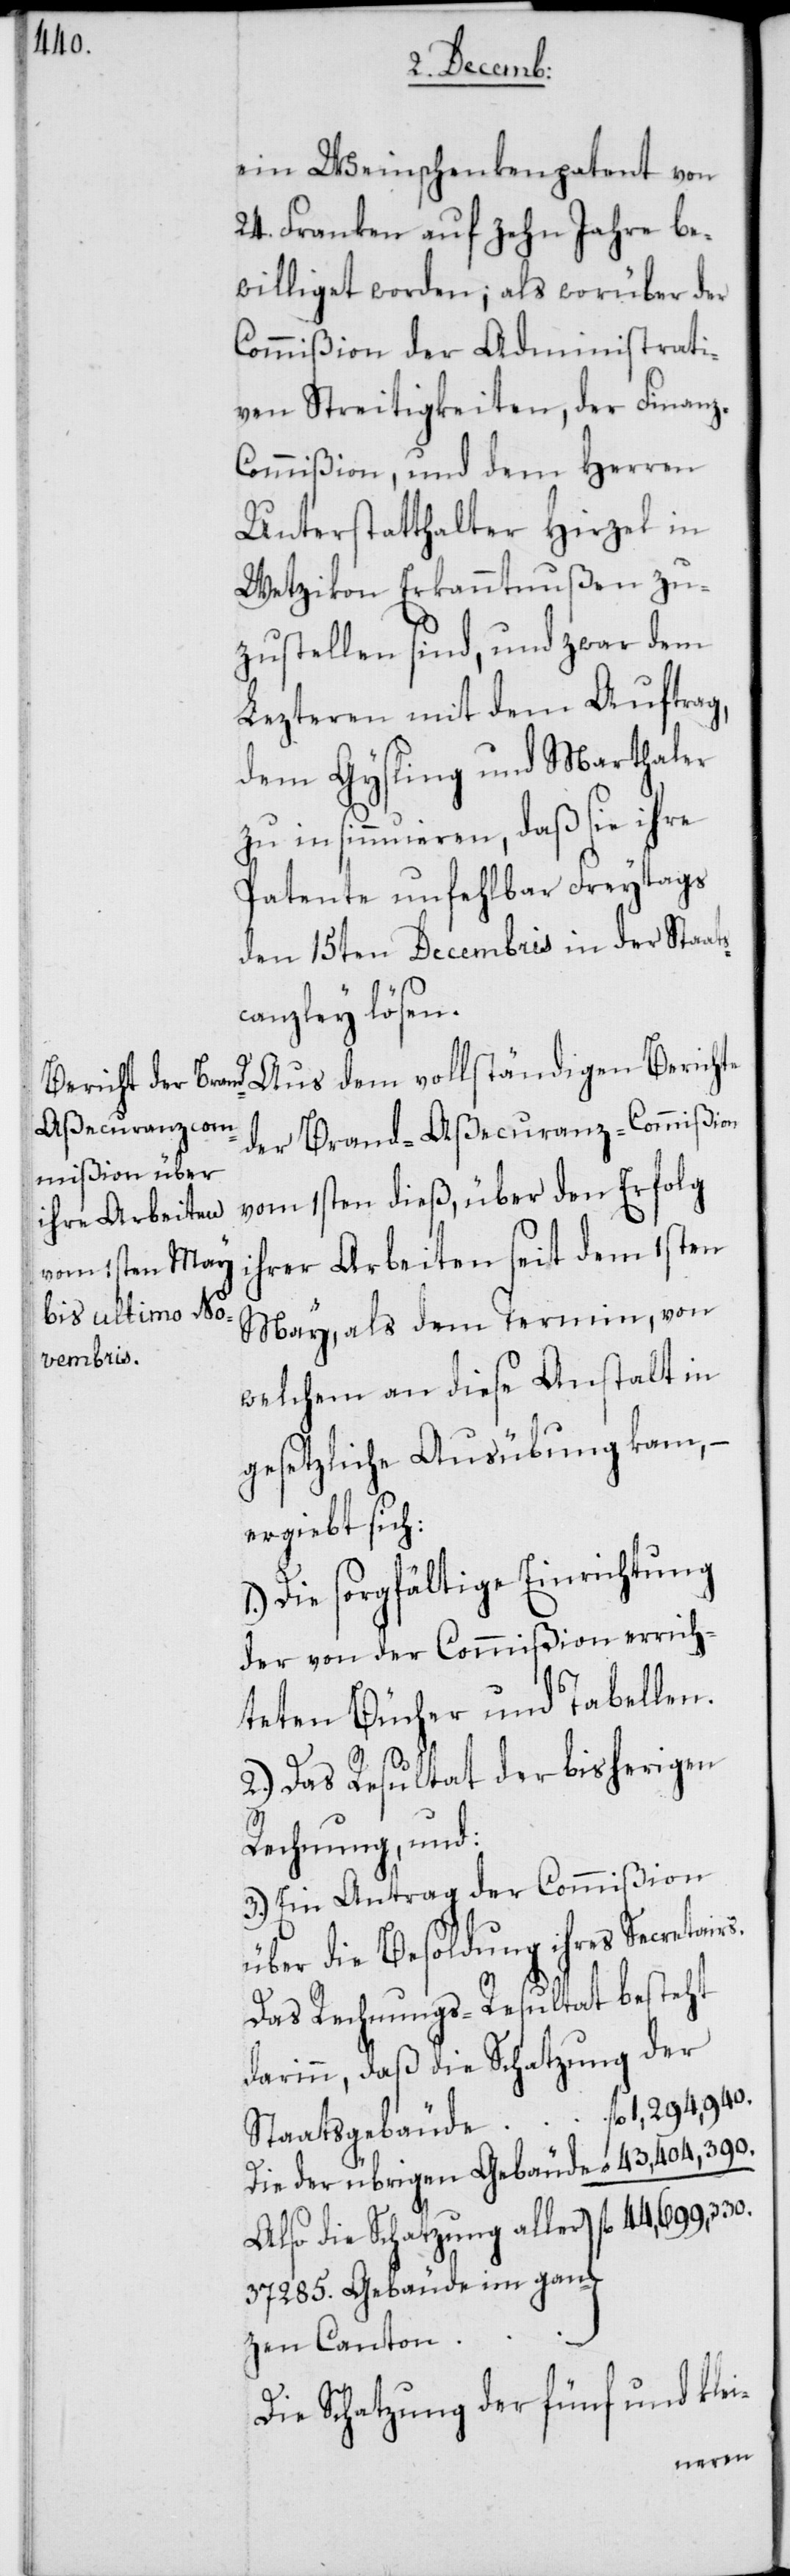
rs.

ein Weinschenkenpatent von
24. Franken auf zehn Jahre be¬
williget worden; als worüber der
Commißion der Administrati¬
ven Streitigkeiten, der Finan¬
ommißion, und dem Herren
Unterstatthalter Hirzel in
Wetzikon Erkanntnußen zu¬
zustellen sind, und zwar dem
Lezteren mit dem Auftrag,
dem Gyßling und Marthaler
zu insinnuieren, daß sie ihre
Patente unfehlbar Freytags
den 15ten Decembris in der Staats¬
canzley lösen.
Aus dem vollständigen Berichte
der Brand-Aßecuranz-Commißion
vom 1sten dieß, über den Erfolg
ihrer Arbeiten seit dem 1sten
May, als dem Termin, von
welchem an diese Anstalt in
gesetzliche Ausübung kam,
ergiebt sich:
Die sorgfältige Einrichtung
der von der Commißion errich¬
teten Bücher und Tabellen.
2.) Das Resultat der bisherigen
Rechnung, und:
3.) Ein Antrag der Commißion
über die Besoldung ihres Secretai¬
Das Rechnungs-Resultat besteht
darinn, daß die Schatzung der
Also die Schatzung aller
37285. Gebäude im gan¬
zen Canton
Die Schatzung der fünf und klei-